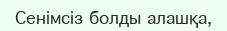
Сенімсіз болды алашқа,